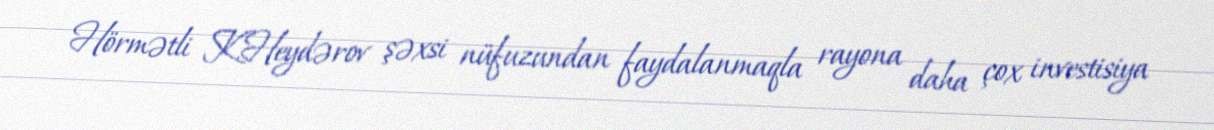
Hörmətli K.Heydərov şəxsi nüfuzundan faydalanmaqla rayona daha çox investisiya